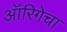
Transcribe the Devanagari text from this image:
ऑरिगेचा